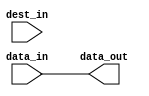
module c_scatter
  (data_in, dest_in, data_out);
   
   // width of output data
   parameter out_width = 32;
   
   // population count function (count ones)
   function integer pop_count(input [0:out_width-1] argument);
      integer i;
      begin
	 pop_count = 0;
	 for(i = 0; i < out_width; i = i + 1)
	   pop_count = pop_count + argument[i];
      end
   endfunction
   
   // mask indicating at which positions to put the input vector's bits
   parameter [0:out_width-1] mask = {out_width{1'b1}};
   
   // width of input vector
   localparam in_width = pop_count(mask);
   
   // input vector
   input [0:in_width-1] data_in;
   
   // destination vector
   input [0:out_width-1] dest_in;
   
   // result
   output [0:out_width-1] data_out;
   reg [0:out_width-1] 	  data_out;
   
   integer 		  idx1, idx2;
   
   always @(data_in)
     begin
	idx2 = 0;
	for(idx1 = 0; idx1 < out_width; idx1 = idx1 + 1)
	  if(mask[idx1] == 1'b1)
	    begin
	       data_out[idx1] = data_in[idx2];
	       idx2 = idx2 + 1;
	    end
	  else
	    data_out[idx1] = dest_in[idx1];
     end
   
endmodule